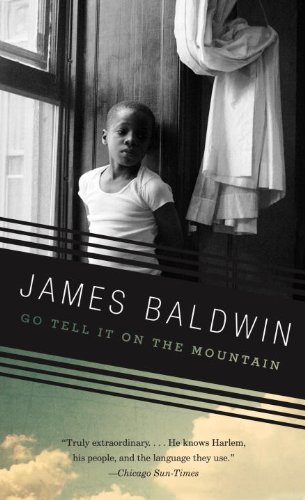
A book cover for Go Tell It on the Mountain (Vintage International); James Baldwin; Literature & Fiction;